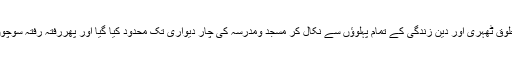
معیشت سودزدہ ہوگئی،تعلیم کا مقصد فقط روزگار کاحصول ٹھہرا، سیاست و حکومت جمہوریت کی مخلوق ٹھہری اور دین زندگی کے تمام پہلوؤں سے نکال کر مسجد ومدرسہ کی چار دیواری تک محدود کیا گیا اور پھررفتہ رفتہ سوچوں اور ذہنوں پر مغربی شان وشوکت کارعب بیٹھنے لگا اور معاشروں میں مغربی غلام پیدا ہونے لگے۔